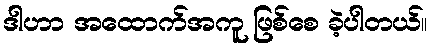
ဒါဟာ အထောက်အကူ ဖြစ်စေ ခဲ့ပါတယ်။